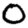
Digit: 0